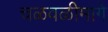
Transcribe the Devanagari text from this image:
चळवळीमागे